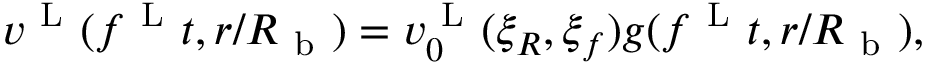
v ^ { \mathrm { ~ L ~ } } ( f ^ { \mathrm { ~ L ~ } } t , r / R _ { \mathrm { ~ b ~ } } ) = v _ { 0 } ^ { \mathrm { ~ L ~ } } ( \xi _ { R } , \xi _ { f } ) g ( f ^ { \mathrm { ~ L ~ } } t , r / R _ { \mathrm { ~ b ~ } } ) ,